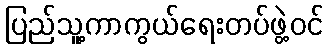
ပြည်သူ့ကာကွယ်ရေးတပ်ဖွဲ့ဝင်